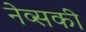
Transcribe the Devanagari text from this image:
नेव्सकी